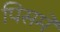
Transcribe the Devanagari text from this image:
पिसमे